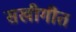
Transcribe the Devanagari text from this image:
सखीगीत